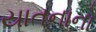
યાતનાનો